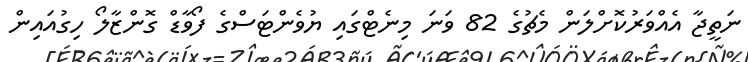
ނަތީޖާ އެއްވަރުކޮށްލަން މެޗުގެ 82 ވަނަ މިނެޓްގައި ޔުވެންޓަސްގެ ފޯވާޑް ގޮންޒާލޯ ހިގުއައިން